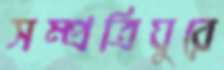
সম্প্রত্রিঘুরে